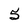
Character: 5